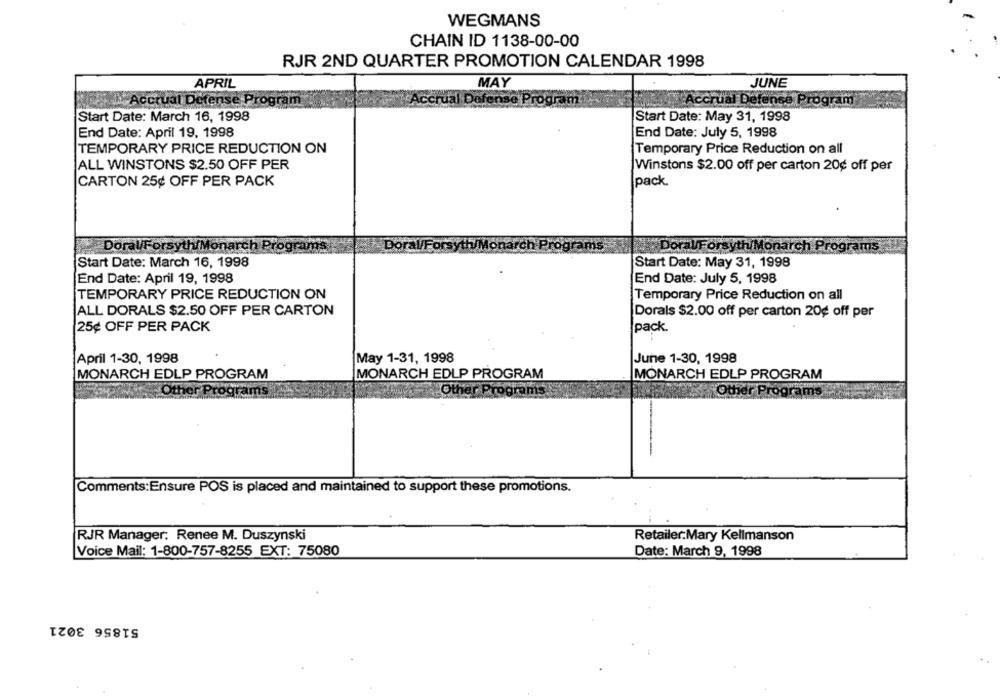
WEGMANS
CHAIN ID 1138-00-00
RJR 2ND QUARTER PROMOTION CALENDAR 1998
APRIL
MAY
JUNE
Accrual Defense Pr
am
ial Defense Program
Start Date: March 16, 1998
Start Date: May 31, 1998
End Date: April 19, 1998
End Date: July 5, 1998
TEMPORARY PRICE REDUCTION ON
Temporary Price Reduction on all
ALL WINSTONS $2.50 OFF PER
Winstons $2.00 off per carton 20¢ off per
CARTON 25¢ OFF PER PACK
pack
Doral/Forsyth Monarch
iVFO
thiMonar
Start Date: March 16, 1998
Start Date: May 31, 1998
End Date: April 19, 1998
End Date: July 5, 1998
TEMPORARY PRICE REDUCTION ON
Temporary Price Reduction on all
ALL DORALS $2.50 OFF PER CARTON
Dorals $2.00 off per carton 20¢ off per
25¢ OFF PER PACK
pack.
April 1-30, 1998
May 1-31, 1998
June 1-30, 1998
MONARCH EDLP PROGRAM
MONARCH EDLP PROGRAM
MONARCH EDLP PROGRAM
Comments:Ensure POS is placed and maintained to support these promotions.
RJR Manager: Renee M. Duszynski
Retailer:Mary Kellmanson
Voice Mail: 1-800-757-8255 EXT: 75080
Date: March 9, 1998
51856 3021